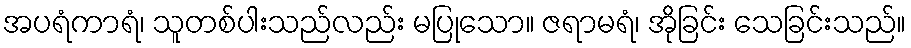
အပရံကာရံ၊ သူတစ်ပါးသည်လည်း မပြုသော။ ဇရာမရံ၊ အိုခြင်း သေခြင်းသည်။